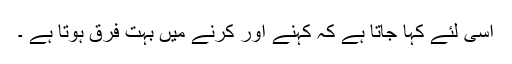
اسی لئے کہا جاتا ہے کہ کہنے اور کرنے میں بہت فرق ہوتا ہے ۔